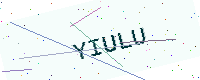
Text: YIULU